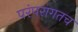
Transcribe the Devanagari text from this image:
परंपरागतच